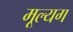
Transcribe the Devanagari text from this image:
मूल्यग